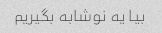
بیا یه نوشابه بگیریم